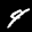
Label: 4